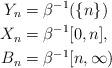
LaTeX: \begin{align*} Y_n &= \beta^{-1}(\{n\})\\ X_n &= \beta^{-1}[0, n],\\ B_n &= \beta^{-1}[n, \infty) \end{align*}